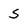
Character: S